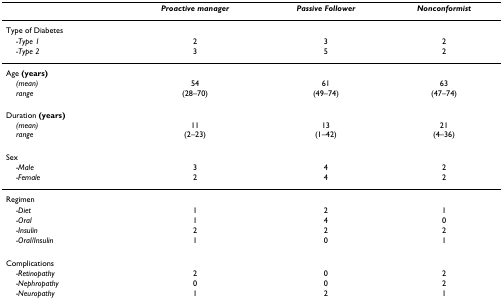
<table><thead><tr><td></td><td><b><i>Proactive manager</i></b></td><td><b><i>Passive Follower</i></b></td><td><b><i>Nonconformist</i></b></td></tr></thead><tbody><tr><td>Type of Diabetes</td><td></td><td></td><td></td></tr><tr><td> <i>-Type 1</i></td><td>2</td><td>3</td><td>2</td></tr><tr><td> <i>-Type 2</i></td><td>3</td><td>5</td><td>2</td></tr><tr><td>Age <b>(years)</b></td><td></td><td></td><td></td></tr><tr><td> <i>(mean)</i><i>range</i></td><td>54(28–70)</td><td>61(49–74)</td><td>63(47–74)</td></tr><tr><td>Duration <b>(years)</b></td><td></td><td></td><td></td></tr><tr><td> <i>(mean)</i><i>range</i></td><td>11(2–23)</td><td>13(1–42)</td><td>21(4–36)</td></tr><tr><td>Sex</td><td></td><td></td><td></td></tr><tr><td> <i>-Male</i></td><td>3</td><td>4</td><td>2</td></tr><tr><td> <i>-Female</i></td><td>2</td><td>4</td><td>2</td></tr><tr><td>Regimen</td><td></td><td></td><td></td></tr><tr><td> <i>-Diet</i></td><td>1</td><td>2</td><td>1</td></tr><tr><td> <i>-Oral</i></td><td>1</td><td>4</td><td>0</td></tr><tr><td> <i>-Insulin</i></td><td>2</td><td>2</td><td>2</td></tr><tr><td> <i>-Oral/Insulin</i></td><td>1</td><td>0</td><td>1</td></tr><tr><td>Complications</td><td></td><td></td><td></td></tr><tr><td> <i>-Retinopathy</i></td><td>2</td><td>0</td><td>2</td></tr><tr><td> <i>-Nephropathy</i></td><td>0</td><td>0</td><td>2</td></tr><tr><td> <i>-Neuropathy</i></td><td>1</td><td>2</td><td>1</td></tr></tbody></table>